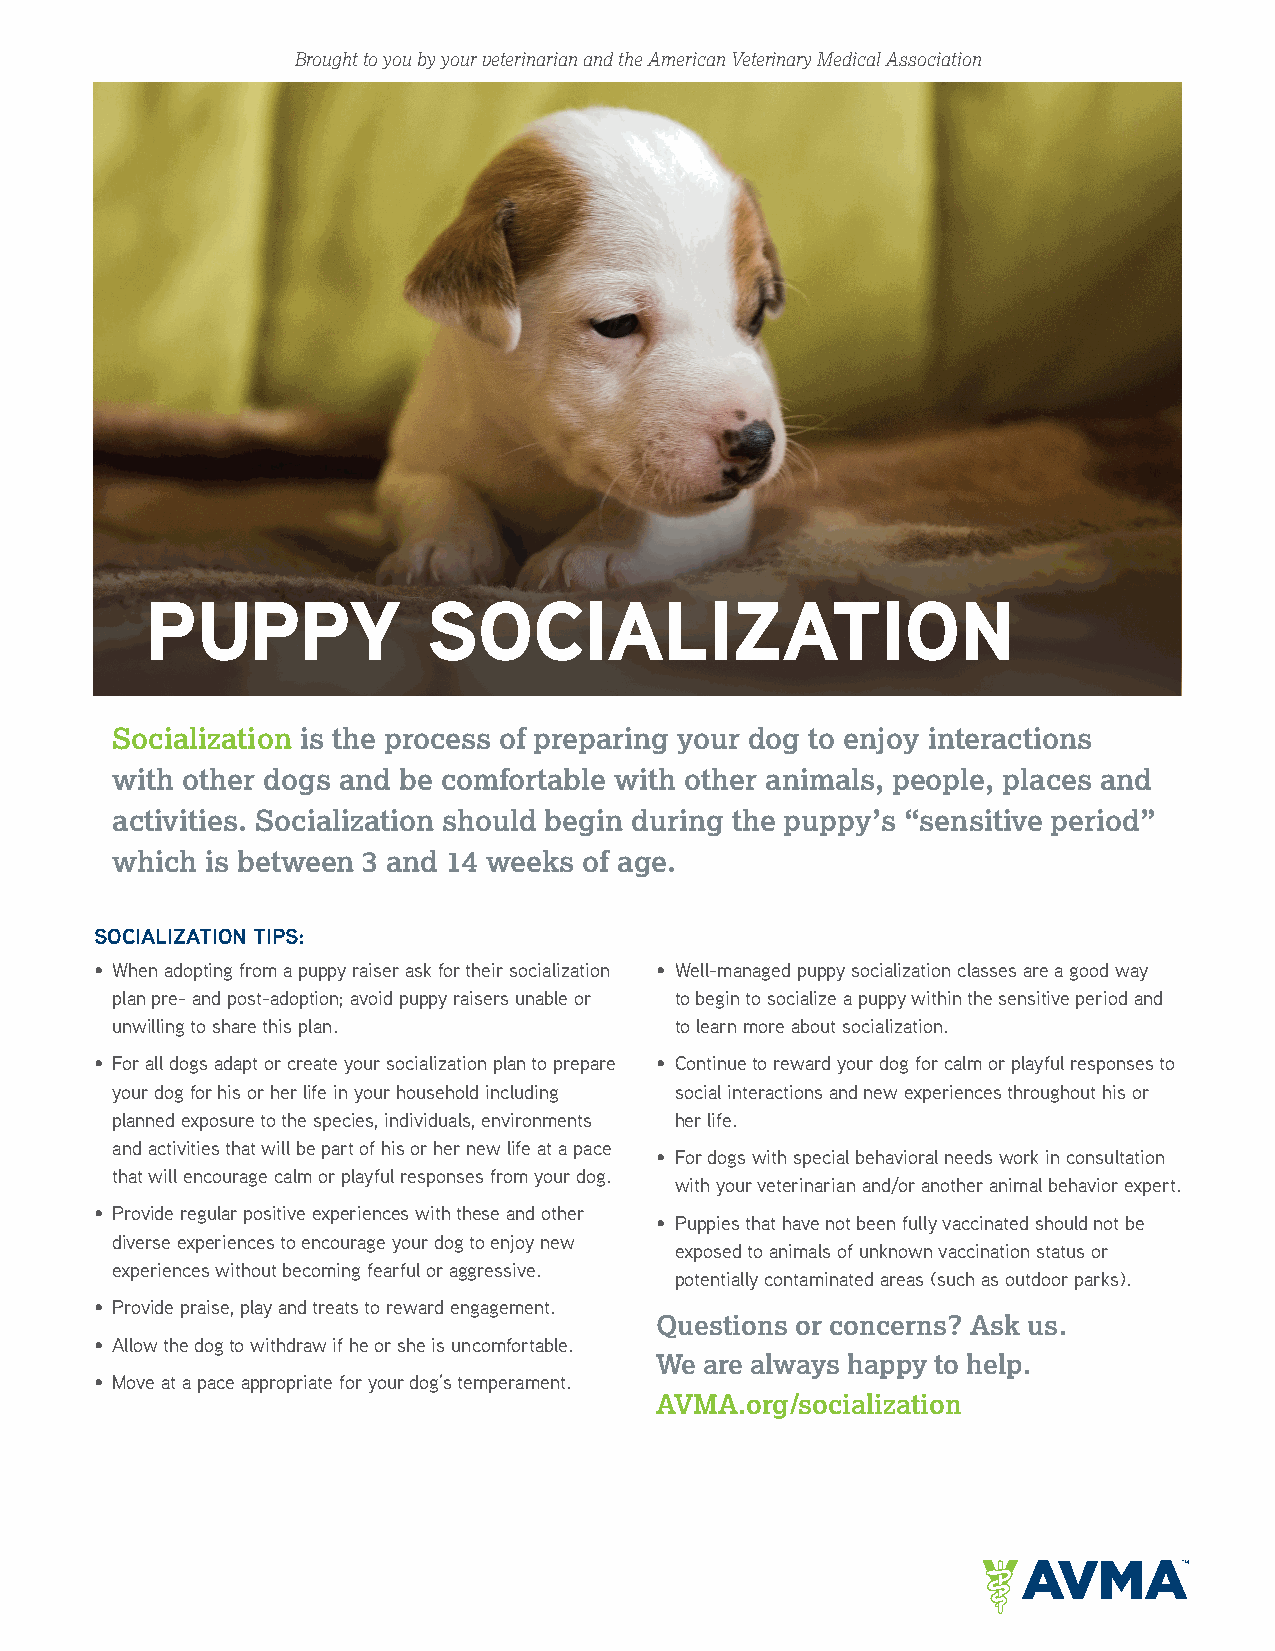
Brought to you by your veterinarian and the American Veterinary Medical Association
 PUPPY             SOCIALIZATION
 Socialization is the process of preparing your dog to enjoy interactions
 with other dogs and be comfortable with other animals, people, places and
 activities. Socialization should begin during the puppy’s “sensitive period”
 which  is between 3 and 14 weeks of age.
 SOCIALIZATION TIPS:
 • When adopting from a puppy raiser ask for their socialization • Well-managed puppy socialization classes are a good way
 plan pre- and post-adoption; avoid puppy raisers unable or to begin to socialize a puppy within the sensitive period and
 unwilling to share this plan.         to learn more about socialization.
 • For all dogs adapt or create your socialization plan to prepare • Continue to reward your dog for calm or playful responses to
 your dog for his or her life in your household including social interactions and new experiences throughout his or
 planned exposure to the species, individuals, environments her life.
 and activities that will be part of his or her new life at a pace
 • For dogs with special behavioral needs work in consultation
 that will encourage calm or playful responses from your dog.
 with your veterinarian and/or another animal behavior expert.
 • Provide regular positive experiences with these and other
 • Puppies that have not been fully vaccinated should not be
 diverse experiences to encourage your dog to enjoy new
 exposed to animals of unknown vaccination status or
 experiences without becoming fearful or aggressive.
 potentially contaminated areas (such as outdoor parks).
 • Provide praise, play and treats to reward engagement.
 Questions or concerns? Ask us.
 • Allow the dog to withdraw if he or she is uncomfortable.
 We  are always happy to help.
 • Move at a pace appropriate for your dog’s temperament.
 AVMA.org/socialization